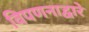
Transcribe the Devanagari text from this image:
विपणनाद्वारे